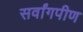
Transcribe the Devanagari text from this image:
सर्वांगपीण